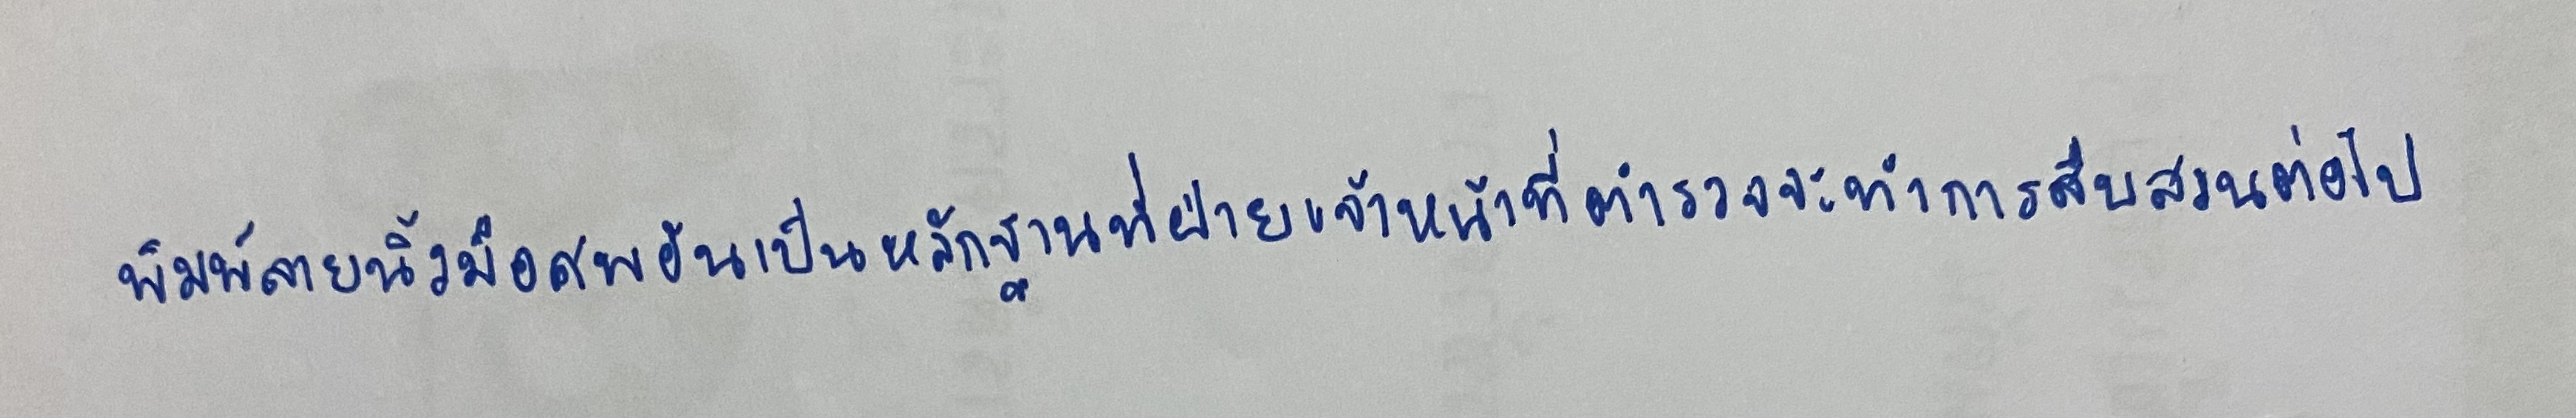
พิมพ์ลายนิ้วมือศพอันเป็นหลักฐานที่ฝ่ายเจ้าหน้าที่ตำรวจจะทำการสืบสวนต่อไป